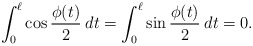
\begin{align*} \int_0^\ell \cos \frac{\phi(t)}{2} \: dt = \int_0^\ell \sin \frac{\phi(t)}{2} \: dt = 0.\end{align*}